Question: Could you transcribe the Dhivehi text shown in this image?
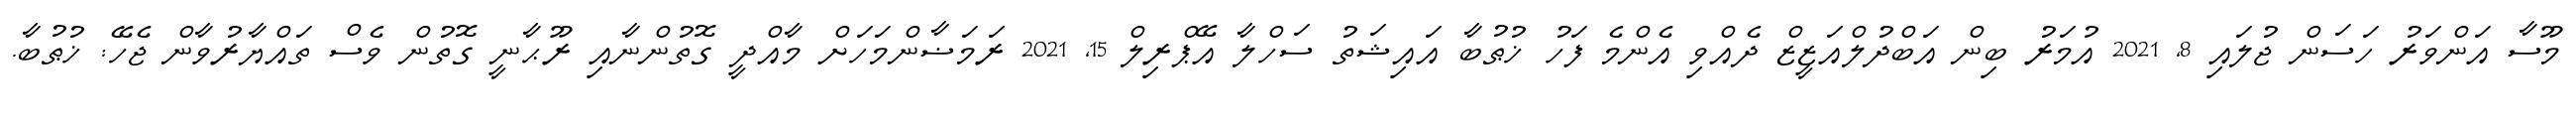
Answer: މޫސާ އަންވަރު ހަސަން ޖުލައި 8, 2021 އުމަރު ބިން އަބްދުލްއަޒީޒް ދެއްވި އެންމެ ފަހު ޚުޠުބާ އައިޝަތު ސަހްލާ އޭޕްރިލް 15, 2021 ރަމަޟާންމަހަށް މާއްދީ ގޮތުންނާއި ރޫޙާނީ ގޮތުން ވެސް ތައްޔާރުވާން ޖެހޭ: ޚުޠުބާ.